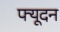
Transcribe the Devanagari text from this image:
फ्यूदन